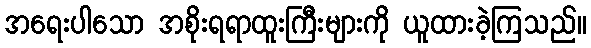
အရေးပါသော အစိုးရရာထူးကြီးများကို ယူထားခဲ့ကြသည်။